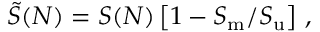
\tilde { S } ( N ) = S ( N ) \left[ 1 - S _ { \mathrm { m } } / S _ { \mathrm { u } } \right] \, ,